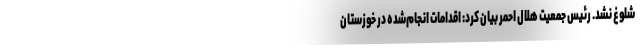
شلوغ نشد. رئیس جمعیت هلال احمر بیان کرد: اقدامات انجام‌شده در خوزستان